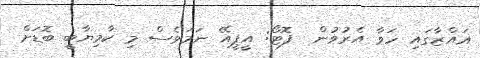
ޣައްޒާގައި ހަވާ އެރުވުން  ފޮޓޯ: އީޕީއޭ ނަމަވެސް މި ކާމިޔާބީ ބޮޑަށް